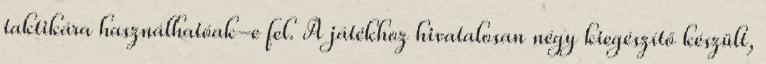
taktikára használhatóak-e fel. A játékhoz hivatalosan négy kiegészítő készült,